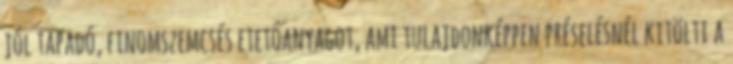
jól tapadó, finomszemcsés etetőanyagot, ami tulajdonképpen préselésnél kitölti a